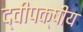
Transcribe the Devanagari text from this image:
द्वीपक्षीय